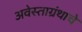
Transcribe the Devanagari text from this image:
अवेस्ताग्रंथाचे